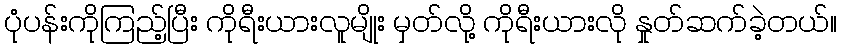
ပုံပန်းကိုကြည့်ပြီး ကိုရီးယားလူမျိုး မှတ်လို့ ကိုရီးယားလို နှုတ်ဆက်ခဲ့တယ်။